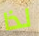
لذا